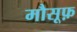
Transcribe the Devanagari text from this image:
मौसूफ़